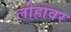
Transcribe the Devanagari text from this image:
लोहावर